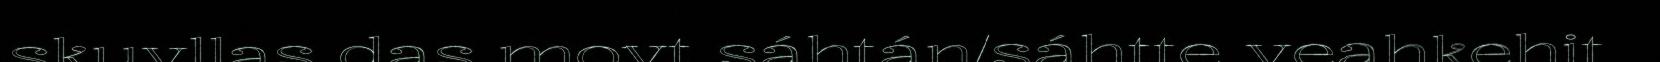
skuvllas das movt sáhtán/sáhtte veahkehit